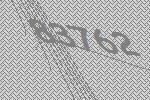
83762